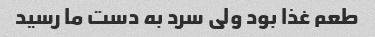
طعم غذا بود ولی سرد به دست ما رسید